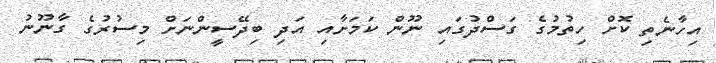
އިހާނެތި ކޮށް ހިތުމުގެ ގަސްދުގައި ނޫން ކަމަށާއި އަދި ބިދޭސީންނަށް މިސުރުގެ ގާނޫނު